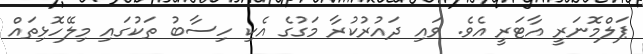
ޕަލްމޮނަރީ އާޓަރީ އެވެ. ވައި ދައުރުކުރާ މަގުގެ އެކި ހިސާބު ތަކުގައި މިލޭހޮޅިތައް